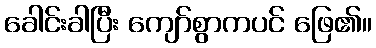
ခေါင်းခါပြီး ကျော်စွာကပင် ဖြေ၏။